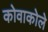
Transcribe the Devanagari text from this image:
कोवाकोले